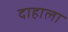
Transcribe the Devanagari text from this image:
दाहाला